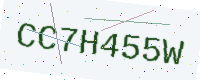
Text: CC7H455W